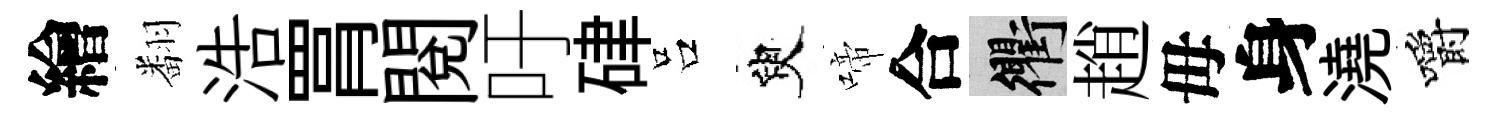
繪翻浩罥閲吁硉吕臾啼合衢趙毋身澆嚼